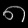
Digit: ၈